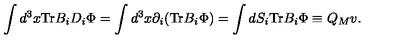
\int d ^ { 3 } x \mathrm { T r } B _ { i } D _ { i } \Phi = \int d ^ { 3 } x \partial _ { i } ( \mathrm { T r } B _ { i } \Phi ) = \int d S _ { i } \mathrm { T r } B _ { i } \Phi \equiv Q _ { M } v .